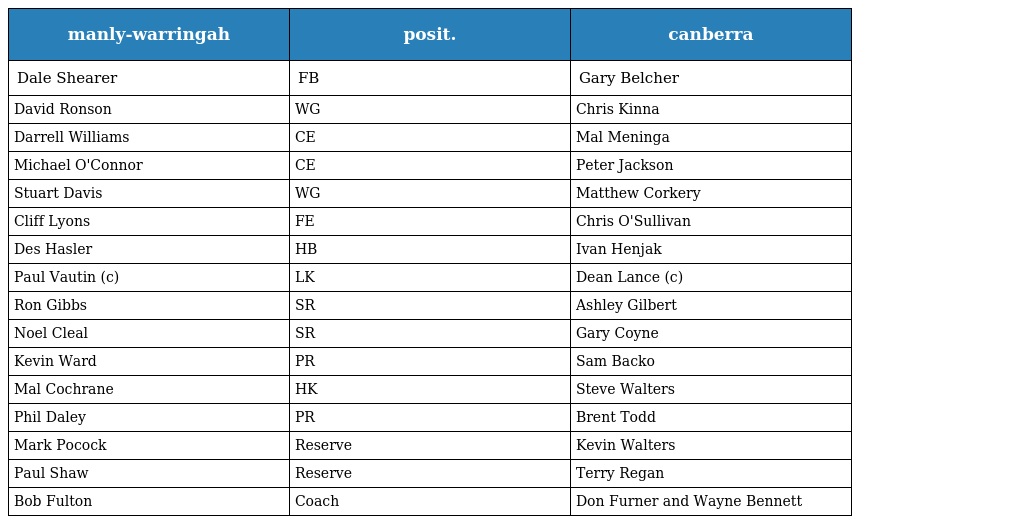
| manly-warringah | posit. | canberra |
 | --- | --- | --- |
 | Dale Shearer | FB | Gary Belcher |
 | David Ronson | WG | Chris Kinna |
 | Darrell Williams | CE | Mal Meninga |
 | Michael O'Connor | CE | Peter Jackson |
 | Stuart Davis | WG | Matthew Corkery |
 | Cliff Lyons | FE | Chris O'Sullivan |
 | Des Hasler | HB | Ivan Henjak |
 | Paul Vautin (c) | LK | Dean Lance (c) |
 | Ron Gibbs | SR | Ashley Gilbert |
 | Noel Cleal | SR | Gary Coyne |
 | Kevin Ward | PR | Sam Backo |
 | Mal Cochrane | HK | Steve Walters |
 | Phil Daley | PR | Brent Todd |
 | Mark Pocock | Reserve | Kevin Walters |
 | Paul Shaw | Reserve | Terry Regan |
 | Bob Fulton | Coach | Don Furner and Wayne Bennett |